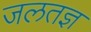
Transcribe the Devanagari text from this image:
जलतज्ञ